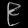
Digit: ၉